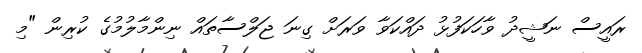
ރައީސް ނަޝީދު ވާހަކަފުޅު ދައްކަވާ ވަރަށް ގިނަ ޖަލްސާތައް ނިންމާލުމުގެ ކުރިން "މި